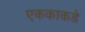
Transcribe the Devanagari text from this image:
एककाकडे